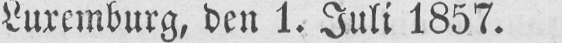
Luxemburg, den 1. Juli 1857.